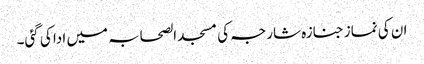
ان کی نماز جنازہ شارجہ کی مسجد الصحابہ میں ادا کی گئی۔